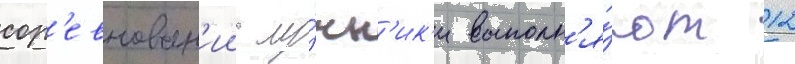
сор'евнован'ии лу́чн'ик'и выполн'я́ют 12